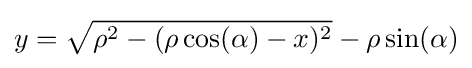
y={\sqrt {\rho ^{2}-(\rho \cos(\alpha )-x)^{2}}}-\rho \sin(\alpha )